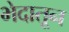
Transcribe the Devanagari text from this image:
भेदातून